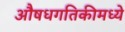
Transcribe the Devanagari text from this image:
औषधगतिकीमध्ये